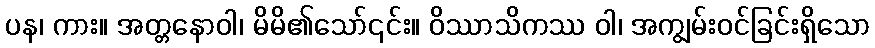
ပန၊ ကား။ အတ္တနောဝါ၊ မိမိ၏သော်၎င်း။ ဝိဿာသိကဿ ဝါ၊ အကျွမ်းဝင်ခြင်းရှိသော